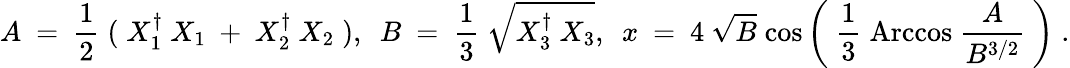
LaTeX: A~=~{\frac{1}{2}}\; (\; X_{1}^{\dagger}~X_{1}~+~X_{2}^{\dagger}~X_{2}\; ),~~B~=~{\frac{1}{3}}~\sqrt{X_{3}^{\dagger}~X_{3}},~~x~=~4~\sqrt{B}\; \mathrm{cos}\left(~{\frac{1}{3}}\; \mathrm{Arccos}~{\frac{~A~}{B^{3/2}}}~\right)\; .